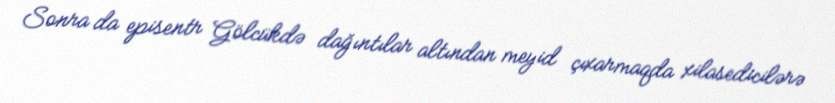
Sonra da episentr Gölcükdə dağıntılar altından meyid çıxarmaqda xilasedicilərə